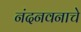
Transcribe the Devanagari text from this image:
नंदनवनाचे